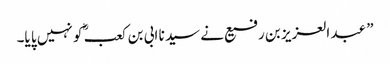
” عبد العزیز بن رفیع نے سید نا ابی بن کعب ؓ کو نہیں پا یا۔